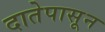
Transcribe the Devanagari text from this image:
दातेपासून